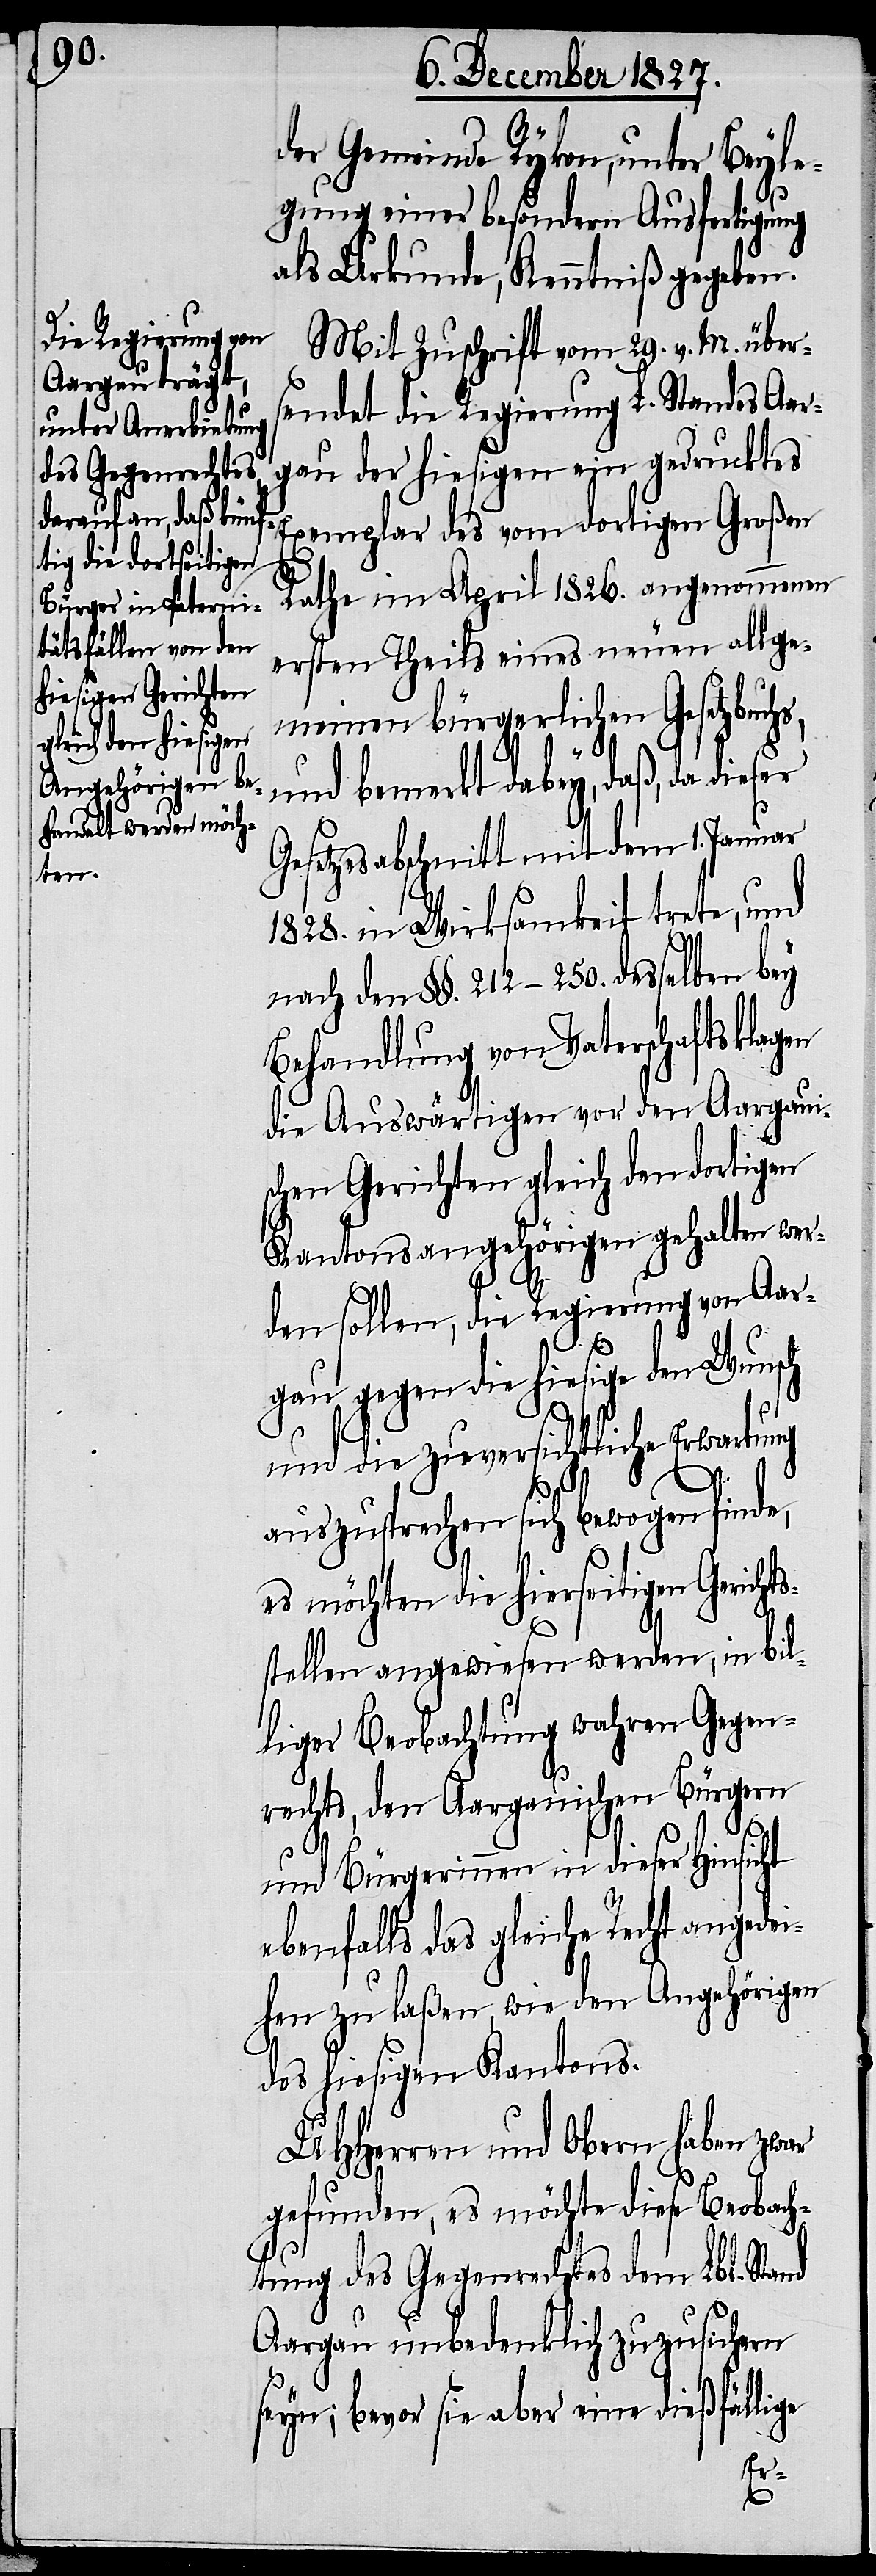
der Gemeinde Rykon, unter Beyle¬
gung einer besondern Ausfertigung
als Urkunde, Kenntniß gegeben.
Mit Zuschrift vom 29 v. M. über¬
sendet die Regierung L. Standes Aar¬
gau der hiesigen ein gedrucktes
xemplar des vom dortigen Großen
Rathe im April 1826. angenommenen
ersten Theils eines neuen allge¬
meinen bürgerlichen Gesetzbuch¬
und bemerkt dabey, daß, da die¬
Gesetzesabschnitt mit dem 1. Januar
1828. in Wirksamkeit trete, und
nach den §§. 212–250. desselben bey
Behandlung von Vaterschaftsklagen
die Auswärtigen vor den Aargaui¬
schen Gerichten gleich den dortigen
Kantonsangehörigen gehalten wer¬
den sollen, die Regierung von Aar¬
gau gegen die hiesige den Wunsch
und die zuversichtliche Erwartung
auszusprechen sich bewogen finde,
es möchten die hierseitigen Gericht¬
stellen angewiesen werden, in bil¬
liger Beobachtung wahren Gegen¬
rechts, den Aargauischen Bürgern
s¬
und Bürgerinnen in dieser Hinsicht
ebenfalls das gleiche Recht angedei¬
hen zu laßen, wie den Angehörigen
des hiesigen Kantons.
UHHerren und Obern haben zwar
gefunden, es möchte diese Beobach¬
tung des Gegenstandes dem Lbl. Stand
Aargau unbedenklich zuzusichern
E¬
seyn; bevor sie aber eine dießfällige